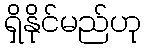
ရှိနိုင်မည်ဟု